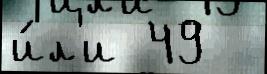
и́л'и 49